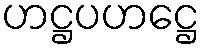
ဟဋ္ဌပဟဋ္ဌေ